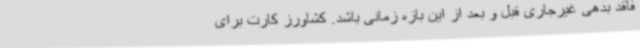
فاقد بدهی غیرجاری قبل و بعد از این بازه زمانی باشد. کشاورز کارت برای